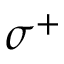
\sigma ^ { + }